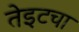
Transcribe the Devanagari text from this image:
तेइटचा